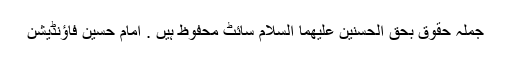
جملہ حقوق بحق الحسنین علیھما السلام سائٹ محفوظ ہیں . امام حسین فاؤنڈیشن